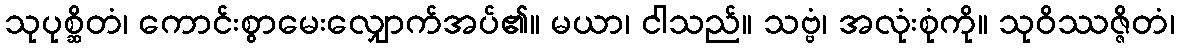
သုပုစ္ဆိတံ၊ ကောင်းစွာမေးလျှောက်အပ်၏။ မယာ၊ ငါသည်။ သဗ္ဗံ၊ အလုံးစုံကို။ သုဝိဿဇ္ဇိတံ၊